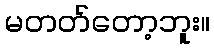
မတတ်တော့ဘူး။